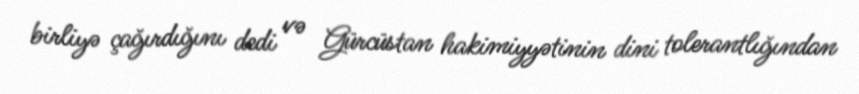
birliyə çağırdığını dedi və Gürcüstan hakimiyyətinin dini tolerantlığından